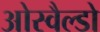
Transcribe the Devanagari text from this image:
ओस्वैल्डो